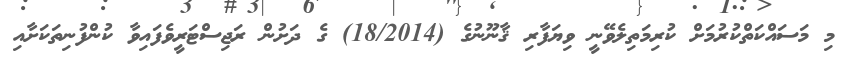
މި މަސައްކަތްކުރުމަށް ކުރިމަތިލެވޭނީ ވިޔަފާރި ޤާނޫނުގެ (18/2014) ގެ ދަށުން ރަޖިސްޓަރީވެފައިވާ ކުންފުނިތަކަށާއި